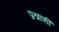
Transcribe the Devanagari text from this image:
प्रश्नाशी